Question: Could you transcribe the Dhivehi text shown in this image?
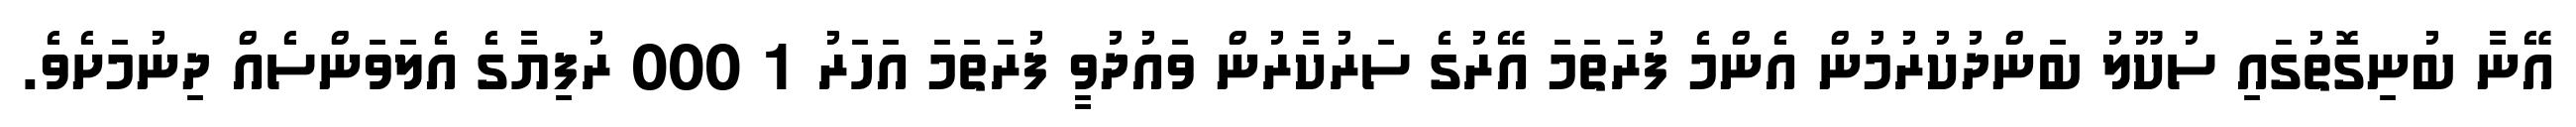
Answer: އޭނާ ބުނިގޮތުގައި ސުކޫލު ބަންދުކުރުމުން އެންމެ ފުރަތަމަ އޭރުގެ ސަރުކާރުން ވައުދުވީ ފުރަތަމަ އަހަރު 1 000 ރުފިޔާގެ އެލަވަންސެއް ދިނުމަށެވެ.